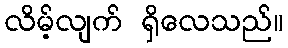
လိမ့်လျက် ရှိလေသည်။